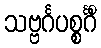
သဗ္ဗင်္ဂပစ္စင်္ဂိံ